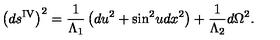
\left( d s ^ { \mathrm { I V } } \right) ^ { 2 } = \frac { 1 } { \Lambda _ { 1 } } \left( d u ^ { 2 } + \sin ^ { 2 } \! u d x ^ { 2 } \right) + \frac { 1 } { \Lambda _ { 2 } } d \Omega ^ { 2 } .